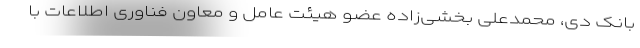
بانک دی، محمدعلی بخشی‌زاده عضو هیئت عامل و معاون فناوری اطلاعات با